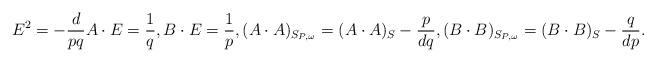
LaTeX: \begin{align*}E^2=-\frac{d}{pq}A\cdot E=\frac{1}{q},B\cdot E=\frac{1}{p},(A\cdot A)_{S_{P,\omega}}=(A\cdot A)_S-\frac{p}{d q},(B\cdot B)_{S_{P,\omega}}=(B\cdot B)_S-\frac{q}{d p}.\end{align*}